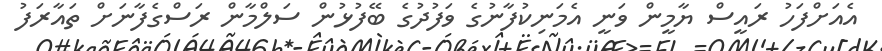
އެއަށްފަހު ރައީސް ޔާމީން ވަނީ އެމަނިކުފާނުގެ ވަފުދުގެ ބޭފުޅުން ސަލްމާން ރަސްގެފާނަށް ތައާރަފު